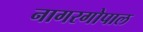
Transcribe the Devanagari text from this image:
नागरगोपाल